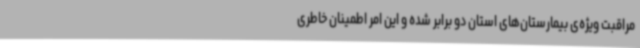
مراقبت ویژه‌ی بیمارستان‌های استان دو برابر شده و این امر اطمینان خاطری